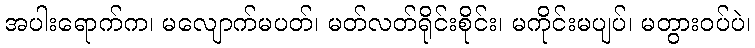
အပါးရောက်က၊ မလျောက်မပတ်၊ မတ်လတ်ရိုင်းစိုင်း၊ မကိုင်းမပျပ်၊ မတွားဝပ်ပဲ၊